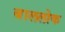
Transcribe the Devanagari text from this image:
बाललोक